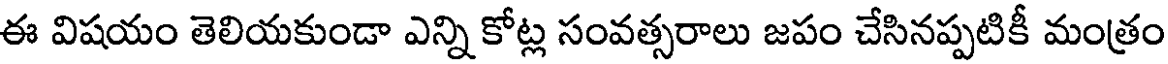
ఈ విషయం తెలియకుండా ఎన్ని కోట్ల సంవత్సరాలు జపం చేసినప్పటికీ మంత్రం